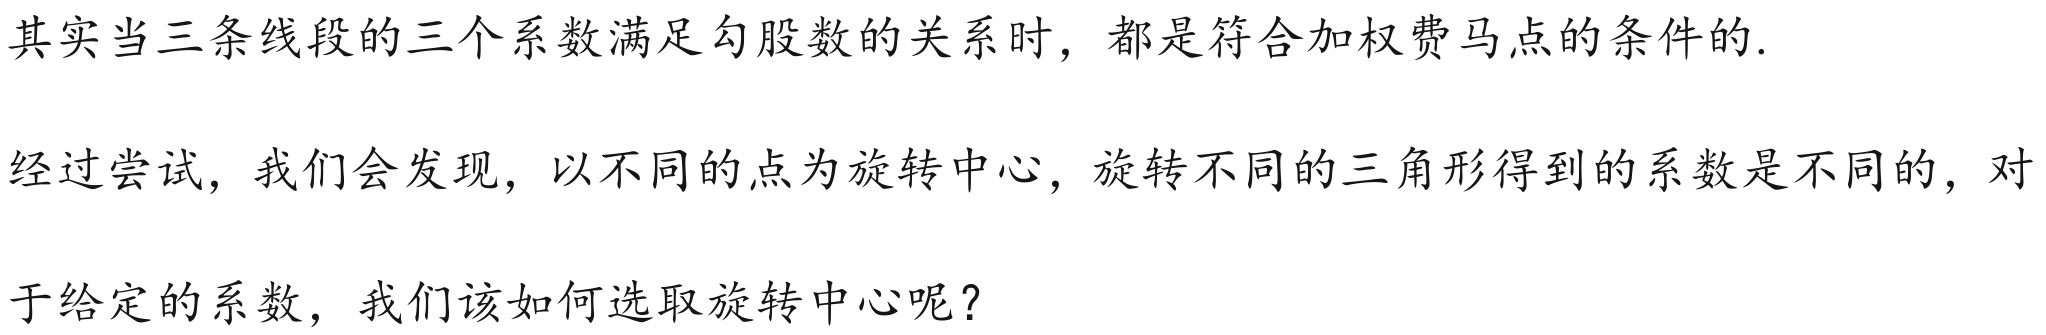
其实当三条线段的三个系数满足勾股数的关系时，都是符合加权费马点的条件的.

经过尝试，我们会发现，以不同的点为旋转中心，旋转不同的三角形得到的系数是不同的，对
于给定的系数，我们该如何选取旋转中心呢？